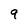
Character: 9